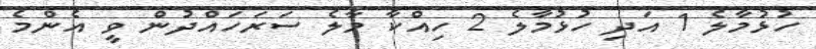
ހުޅުމާލެ 1 އަދި ހުޅުމާލެ 2 ހިއްކާ މާލެ ސަރަހައްދުން ވީ އެންމެ